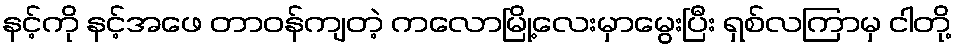
နင့်ကို နင့်အဖေ တာဝန်ကျတဲ့ ကလောမြို့လေးမှာမွေးပြီး ရှစ်လကြာမှ ငါတို့